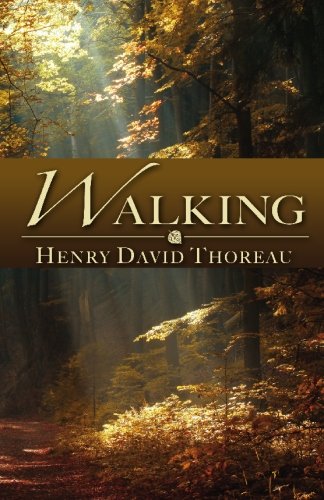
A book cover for Walking; Henry David Thoreau; Science & Math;